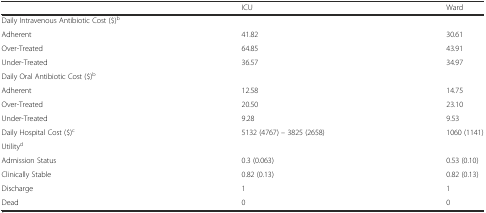
|  | ICU | Ward |
 | --- | --- | --- |
 | Daily Intravenous Antibiotic Cost ($)b |  |  |
 | Adherent | 41.82 | 30.61 |
 | Over-Treated | 64.85 | 43.91 |
 | Under-Treated | 36.57 | 34.97 |
 | Daily Oral Antibiotic Cost ($)b |  |  |
 | Adherent | 12.58 | 14.75 |
 | Over-Treated | 20.50 | 23.10 |
 | Under-Treated | 9.28 | 9.53 |
 | Daily Hospital Cost ($)c | 5132 (4767) – 3825 (2658) | 1060 (1141) |
 | Utilityd |  |  |
 | Admission Status | 0.3 (0.063) | 0.53 (0.10) |
 | Clinically Stable | 0.82 (0.13) | 0.82 (0.13) |
 | Discharge | 1 | 1 |
 | Dead | 0 | 0 |